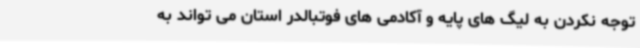
توجه نکردن به لیگ های پایه و آکادمی های فوتبالدر استان می تواند به